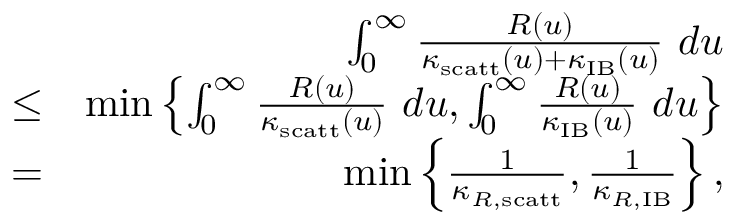
\begin{array} { r l r } & { } & { \int _ { 0 } ^ { \infty } \frac { R ( u ) } { \kappa _ { \mathrm { s c a t t } } ( u ) + \kappa _ { \mathrm { I B } } ( u ) } ~ d u } \\ & { \leq } & { \operatorname* { m i n } \left\{ \int _ { 0 } ^ { \infty } \frac { R ( u ) } { \kappa _ { \mathrm { s c a t t } } ( u ) } ~ d u , \int _ { 0 } ^ { \infty } \frac { R ( u ) } { \kappa _ { \mathrm { I B } } ( u ) } ~ d u \right\} } \\ & { = } & { \operatorname* { m i n } \left\{ \frac { 1 } { \kappa _ { R , \mathrm { s c a t t } } } , \frac { 1 } { \kappa _ { R , \mathrm { I B } } } \right\} , } \end{array}